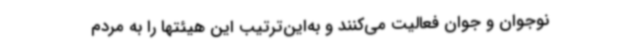
نوجوان و جوان فعالیت می‌کنند و به‌این‌ترتیب این هیئتها را به مردم